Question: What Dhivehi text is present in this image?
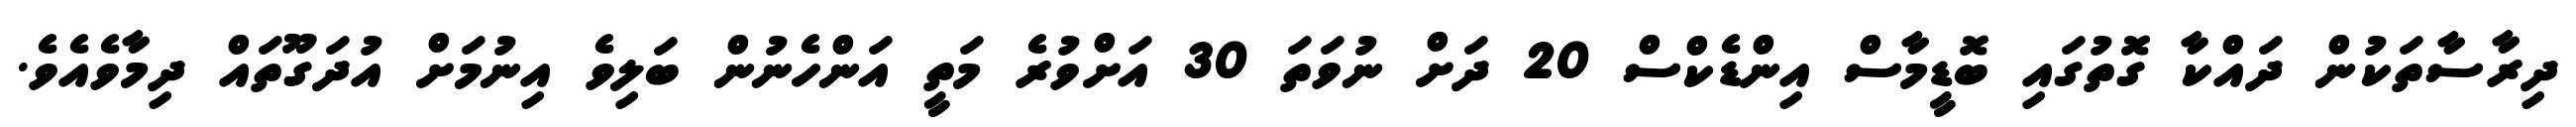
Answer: ދިރާސާތަކުން ދައްކާ ގޮތުގައި ބޮޑީމާސް އިންޑެކްސް 20 ދަށް ނުވަތަ 30 އަށްވުރެ މަތީ އަންހެނުން ބަލިވެ އިނުމަށް އުދަގޫތައް ދިމާވެއެވެ.